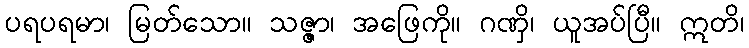
ပရပရမာ၊ မြတ်သော။ သဇ္ဇာ၊ အဖြေကို။ ဂဏှိ၊ ယူအပ်ပြီ။ ဣတိ၊